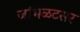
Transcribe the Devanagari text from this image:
जांभळटसर